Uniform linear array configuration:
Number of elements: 32
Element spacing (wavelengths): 0.5
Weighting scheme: blackman
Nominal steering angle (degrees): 45
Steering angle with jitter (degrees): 45.035
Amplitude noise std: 0.05
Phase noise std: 0.05

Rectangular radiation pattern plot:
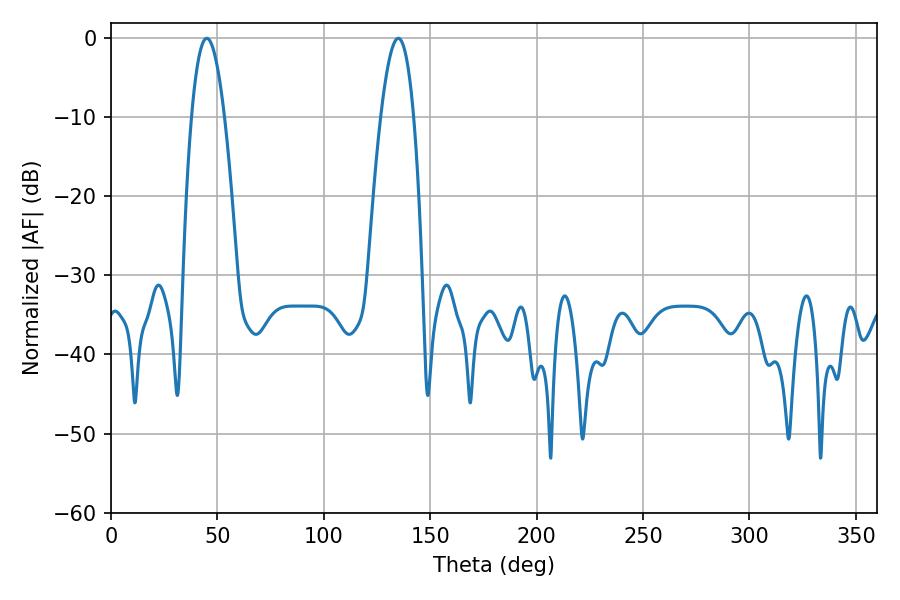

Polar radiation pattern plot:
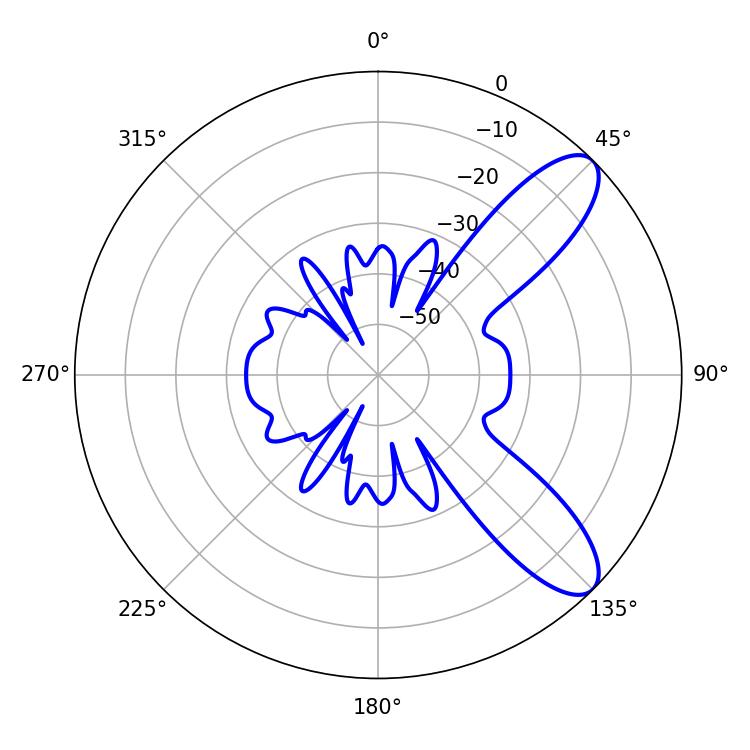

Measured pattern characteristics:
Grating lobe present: FALSE
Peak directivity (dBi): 9.457
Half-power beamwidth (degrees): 8.64
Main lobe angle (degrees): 45